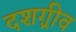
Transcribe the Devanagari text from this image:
दशग़्रीव